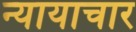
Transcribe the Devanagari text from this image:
न्यायाचार